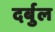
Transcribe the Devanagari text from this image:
दर्बुल